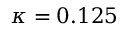
\kappa = 0 . 1 2 5